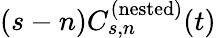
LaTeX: (s-n)C_{s,n}^{(\mathrm{nested})}(t)